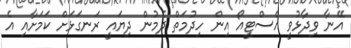
އޭނާ ވިދާޅުވީ އެސްޓީއޯ އިން ހިދުމަތް ދެމުން ދިޔައީ ރަނގަޅަށް ކަމަށާއި އެ